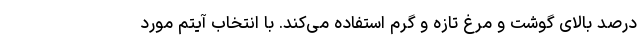
درصد بالای گوشت و مرغ تازه و گرم استفاده می‌کند. با انتخاب آیتم مورد